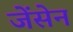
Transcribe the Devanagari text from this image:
जेंसेन